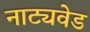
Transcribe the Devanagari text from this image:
नाट्यवेड